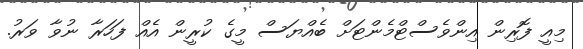
މިއީ ފޮރިން އިންވެސްޓްމެންޓަށް ބެއްޔަސް މީގެ ކުރީން އެއް ފަހަރާ ނުވާ ވަރު.